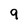
Character: 9